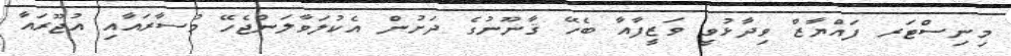
މިނިސްޓަރ ފައްޔާޒް ވިދާޅުވީ ވަޒީފާއާ ބެހޭ ޤާނޫނުގެ ދަށުން އެކުލަވާލަންޖެހޭ މުސާރައާއި އުޖޫރައާ